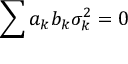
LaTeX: \sum { a _ { k } b _ { k } \sigma _ { k } ^ { 2 } = 0 }